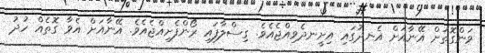
ވަންގޮތަށް އޭނާއަށް އެނދުގައި އިށީނދެވިއްޖެއެވެ. ގިސްލާފައި ރޯންފެށިއްޖެއެވެ. އޭނާއަށް އެވާ ގޮތެއް ހުދު